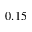
0 . 1 5